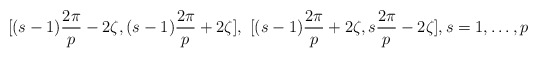
\begin{align*}[(s-1)\frac{2\pi}{p}-2\zeta, (s-1)\frac{2\pi}{p}+2\zeta], \,\,[(s-1)\frac{2\pi}{p}+2\zeta, s\frac{2\pi}{p}-2\zeta],s=1,\ldots, p\end{align*}